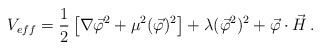
\begin{align*}V_{eff}=\frac{1}{2}\left[ \nabla\vec{\varphi }^{2}+\mu^{2}(\vec{\varphi })^{2}\right] +\lambda(\vec{\varphi }^{2})^{2}+\vec{\varphi}\cdot \vec{H}\, .\end{align*}